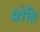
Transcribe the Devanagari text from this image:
प्रोति